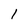
Character: 1